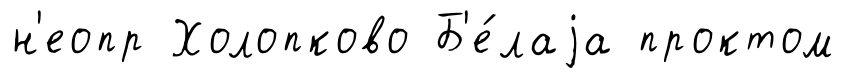
н'еопр Холопково Б'е́лаjа проктом